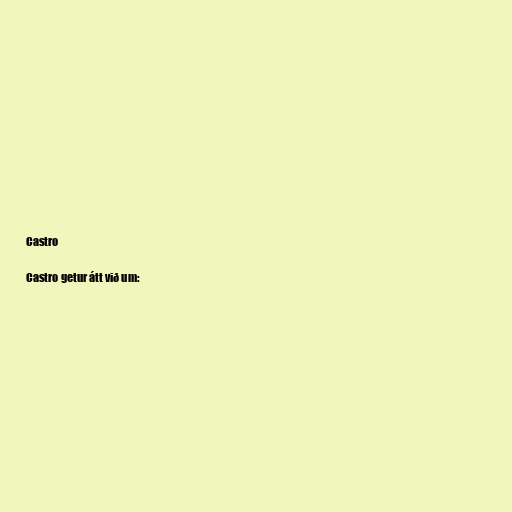
Castro

Castro getur átt við um: